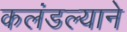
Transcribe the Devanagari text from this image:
कलंडल्याने